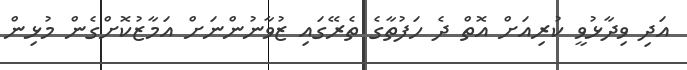
އަދި ވިދާޅުވީ ކުރިއަށް އޮތް ދެ ހަފުތާގެ ތެރޭގައި ޒުވާނުންނަށް އަމާޒުކޮށްގެން މުޅިން